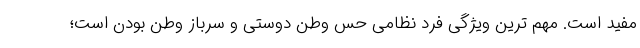
مفید است. مهم ترین ویژگی فرد نظامی حس وطن دوستی و سرباز وطن بودن است؛